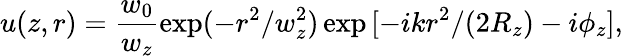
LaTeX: u(z,r)=\frac{w_{0}}{w_{z}}\exp(-r^{2}/w_{z}^{2})\exp{[-ikr^{2}/(2R_{z})-i\phi_{z}]},